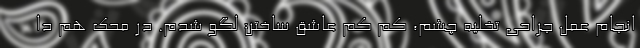
انجام عمل جراحی تخلیه چشم، کم کم عاشق ساختن لگو شدم. در محک هم دا